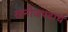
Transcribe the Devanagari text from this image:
खनीजपदार्थ